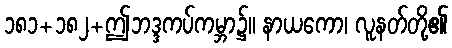
၁၈၁+၁၈၂+ဤဘဒ္ဒကပ်ကမ္ဘာ၌။ နာယကော၊ လူနတ်တို့၏